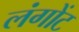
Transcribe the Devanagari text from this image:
लंगोंट